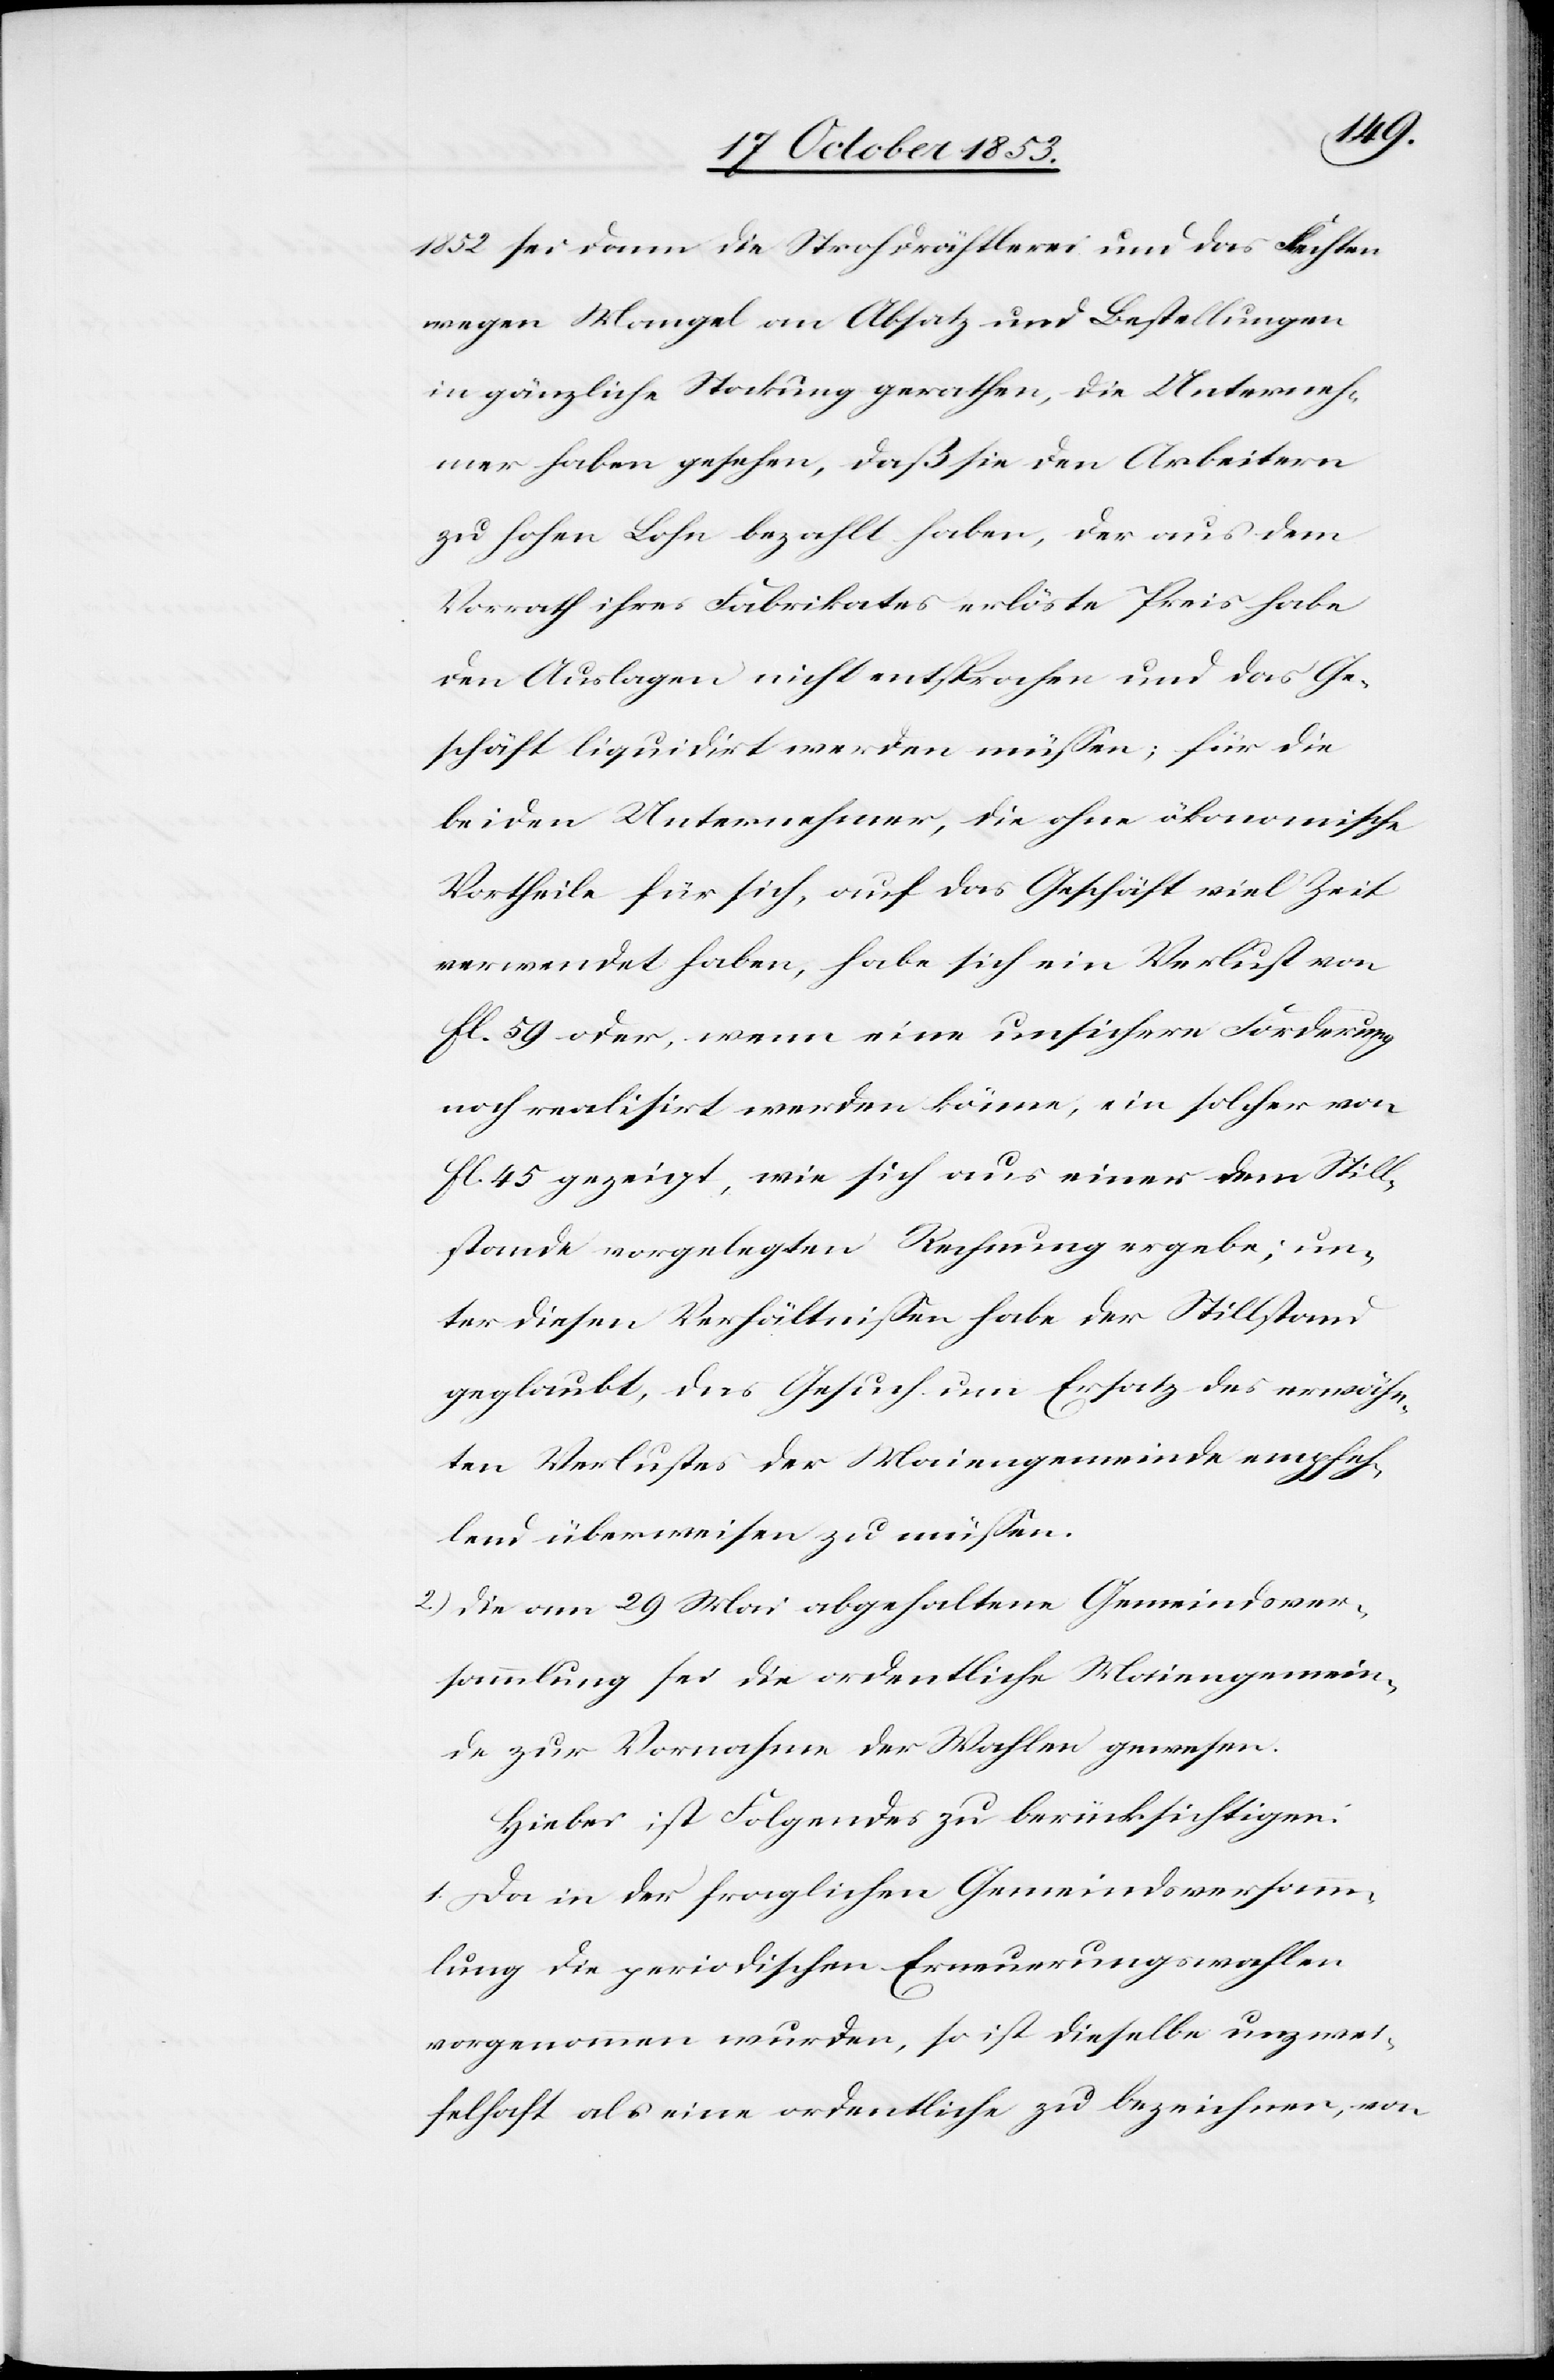
1852 sei dann die Strohdrähtlerei und das Flechten
wegen Mangel an Absatz und Bestellungen
in gänzliche Stockung gerathen, die Unterneh¬
mer haben gesehen, daß sie den Arbeitern
so hohen Lohn bezahlt haben, der aus dem
Vorrath ihres Fabrikates erlöste Preis habe
den Auslagen nicht entsprochen und das Ge¬
schäft liquidirt werden müßen; für die
beiden Unternehmer, die ohne ökonomische
Vortheile für sich, auf das Geschäft viel Zeit
verwendet haben, habe sich eine Verlust von
fl. 59 oder, wenn eine unsichere Forderung
noch realisirt werden könne, ein solcher von
fl. 45 gezeigt, wie sich aus einer dem Still¬
stande vorgelegten Rechnung ergebe; un¬
ter diesen Verhältnißen habe der Stillstand
geglaubt, das Gesuch um Ersatz des erwähn¬
ten Verlustes der Maiengemeinde empfeh¬
lend überweisen zu müßen.
2.) Die am 29 Mai abgehaltene Gemeindsver¬
sammlung sei die ordentliche Maiengemein¬
de zur Vornahme der Wahlen gewesen.
Hiebei ist Folgendes zu berücksichtigen:
1. Da in der fraglichen Gemeindsversamm¬
lung die periodischen Erneuerungswahlen
vorgenommen wurden, so ist dieselbe unzwei¬
felhaft als eine ordentliche zu bezeichnen, von